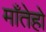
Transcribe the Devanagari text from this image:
माँतेहो